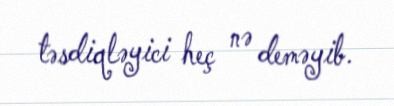
təsdiqləyici heç nə deməyib.